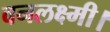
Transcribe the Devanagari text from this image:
वनलक्ष्मी।